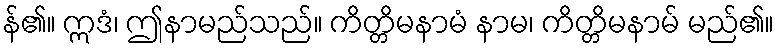
န်၏။ ဣဒံ၊ ဤနာမည်သည်။ ကိတ္တိမနာမံ နာမ၊ ကိတ္တိမနာမ် မည်၏။